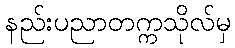
နည်းပညာတက္ကသိုလ်မှ